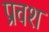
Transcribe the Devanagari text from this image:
प्रवश